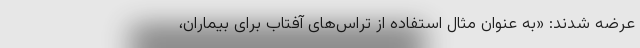
عرضه شدند: «به عنوان مثال استفاده از تراس‌های آفتاب برای بیماران،